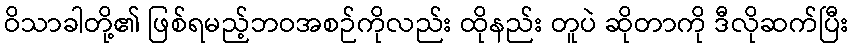
ဝိသာခါတို့၏ ဖြစ်ရမည့်ဘဝအစဉ်ကိုလည်း ထိုနည်း တူပဲ ဆိုတာကို ဒီလိုဆက်ပြီး